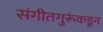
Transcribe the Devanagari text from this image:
संगीतगुरूंकडून